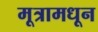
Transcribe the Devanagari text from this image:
मूत्रामधून